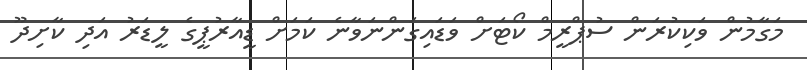
މަގާމުން ވަކިކުރަން ސުޕްރީމް ކޯޓަށް ވަޑައިގަންނަވާނެ ކަމަށް ޑީއާރުޕީގެ ލީޑަރު އަދި ކާށިދޫ